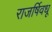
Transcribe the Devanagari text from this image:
राजर्षिवधू